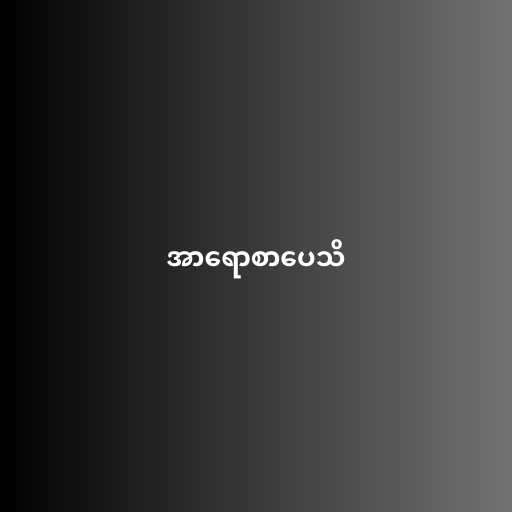
အာရောစာပေသိ